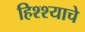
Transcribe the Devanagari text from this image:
हिश्श्याचे